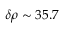
\delta \rho \sim 3 5 . 7